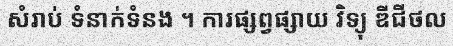
សំរាប់ ទំនាក់ទំនង ។ ការផ្សព្វផ្សាយ វិទ្យុ ឌីជីថល